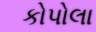
કોપોલા